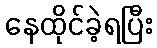
နေထိုင်ခဲ့ရပြီး